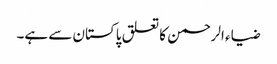
ضیاء الرحمن کا تعلق پاکستان سے ہے۔